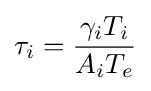
\tau _{i}={\gamma _{i}T_{i} \over A_{i}T_{e}}